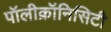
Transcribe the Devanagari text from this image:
पॉलीक्रॉनिसिटी